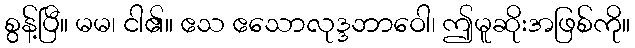
စွန့်ပြီ။ မမ၊ ငါ၏။ ဧသ ဧသောလုဒ္ဒဘာဝေါ၊ ဤမူဆိုးအဖြစ်ကို။